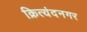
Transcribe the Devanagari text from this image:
क्रित्यंदनगर